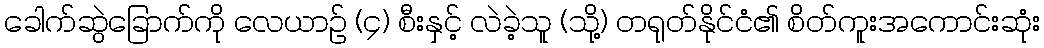
ခေါက်ဆွဲခြောက်ကို လေယာဉ် (၄) စီးနှင့် လဲခဲ့သူ (သို့) တရုတ်နိုင်ငံ၏ စိတ်ကူးအကောင်းဆုံး